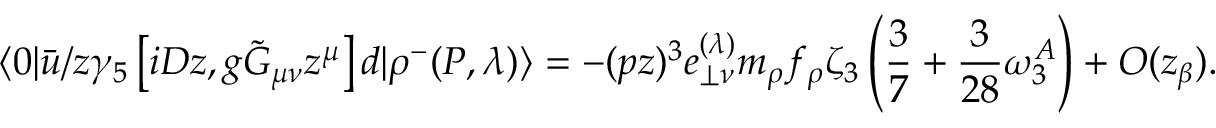
\langle 0 | \bar { u } \slash { z } \gamma _ { 5 } \left[ i D z , g \tilde { G } _ { \mu \nu } z ^ { \mu } \right] d | \rho ^ { - } ( P , \lambda ) \rangle = - ( p z ) ^ { 3 } e _ { \perp \nu } ^ { ( \lambda ) } m _ { \rho } f _ { \rho } \zeta _ { 3 } \left( \frac { 3 } { 7 } + \frac { 3 } { 2 8 } \omega _ { 3 } ^ { A } \right) + O ( z _ { \beta } ) .